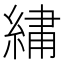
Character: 𫃯